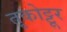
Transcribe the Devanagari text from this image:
तृकोट्टूर